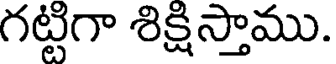
గట్టిగా శిక్షిస్తాము.